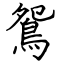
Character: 鴛